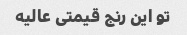
تو این رنج قیمتی عالیه